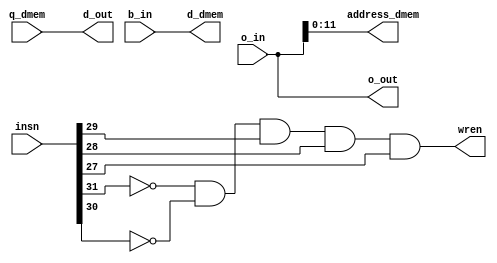
module stage_memory(insn, q_dmem, o_in, b_in, o_out, d_out, d_dmem, address_dmem, wren);

	input [31:0] insn, q_dmem;						//	q_mem: output of dmem (lw)
	input [31:0] o_in, b_in;						//	ALU_result is used to address into dmem
	
	output [31:0] o_out, d_out, d_dmem;			//	d_dmem: data to write to dmem ($rd for sw)
	output [11:0] address_dmem;
	output wren;
	
	
	assign o_out = o_in;
	assign d_out = q_dmem;
	
	assign address_dmem = o_in[11:0];
	assign d_dmem = b_in;
	
	wire [4:0] opcode;
	assign opcode 	= insn[31:27];
	assign wren = ~opcode[4] && ~opcode[3] && opcode[2] && opcode[1] && opcode[0]; 		//sw


endmodule